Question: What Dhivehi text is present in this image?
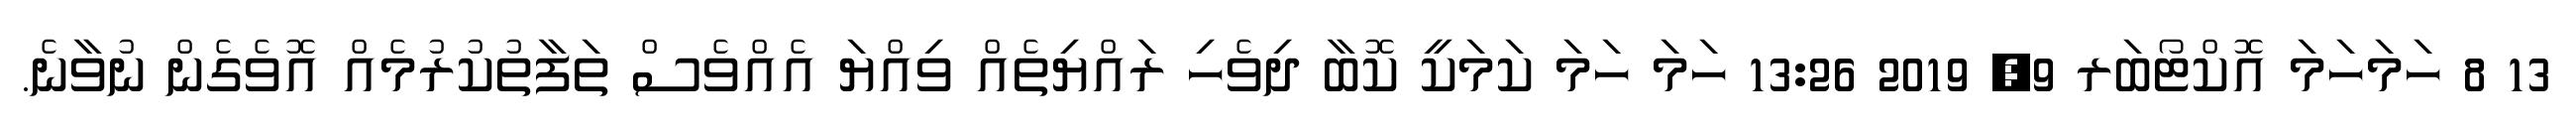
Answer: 13 8 ހަމަހަމަ އޮކްޓޯބަރ 9, 2019 13:26 ހަމަ ހަމަ ކަމަކީ ކޮބާ ދިވެހި ރައްޔިތެއް ވިއްޔަ އެއްވެސް ތަފާތުކުރުމެއް އޮވެގެން ނުވާނެ.